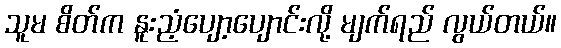
သူမ စိတ်က နူးညံ့ပျော့ပျောင်းလို့ မျက်ရည် လွယ်တယ်။